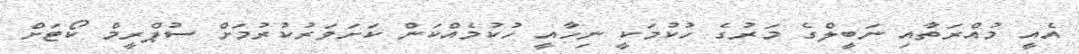
އެއީ މުއްރަތާއި ނަބީލްގެ މަރުގެ ހުކުމަކީ ނިހާއީ ހުކުމެއްކަން ކަށަވަރުކުރުމަށް ސުޕްރީމް ކޯޓަށް